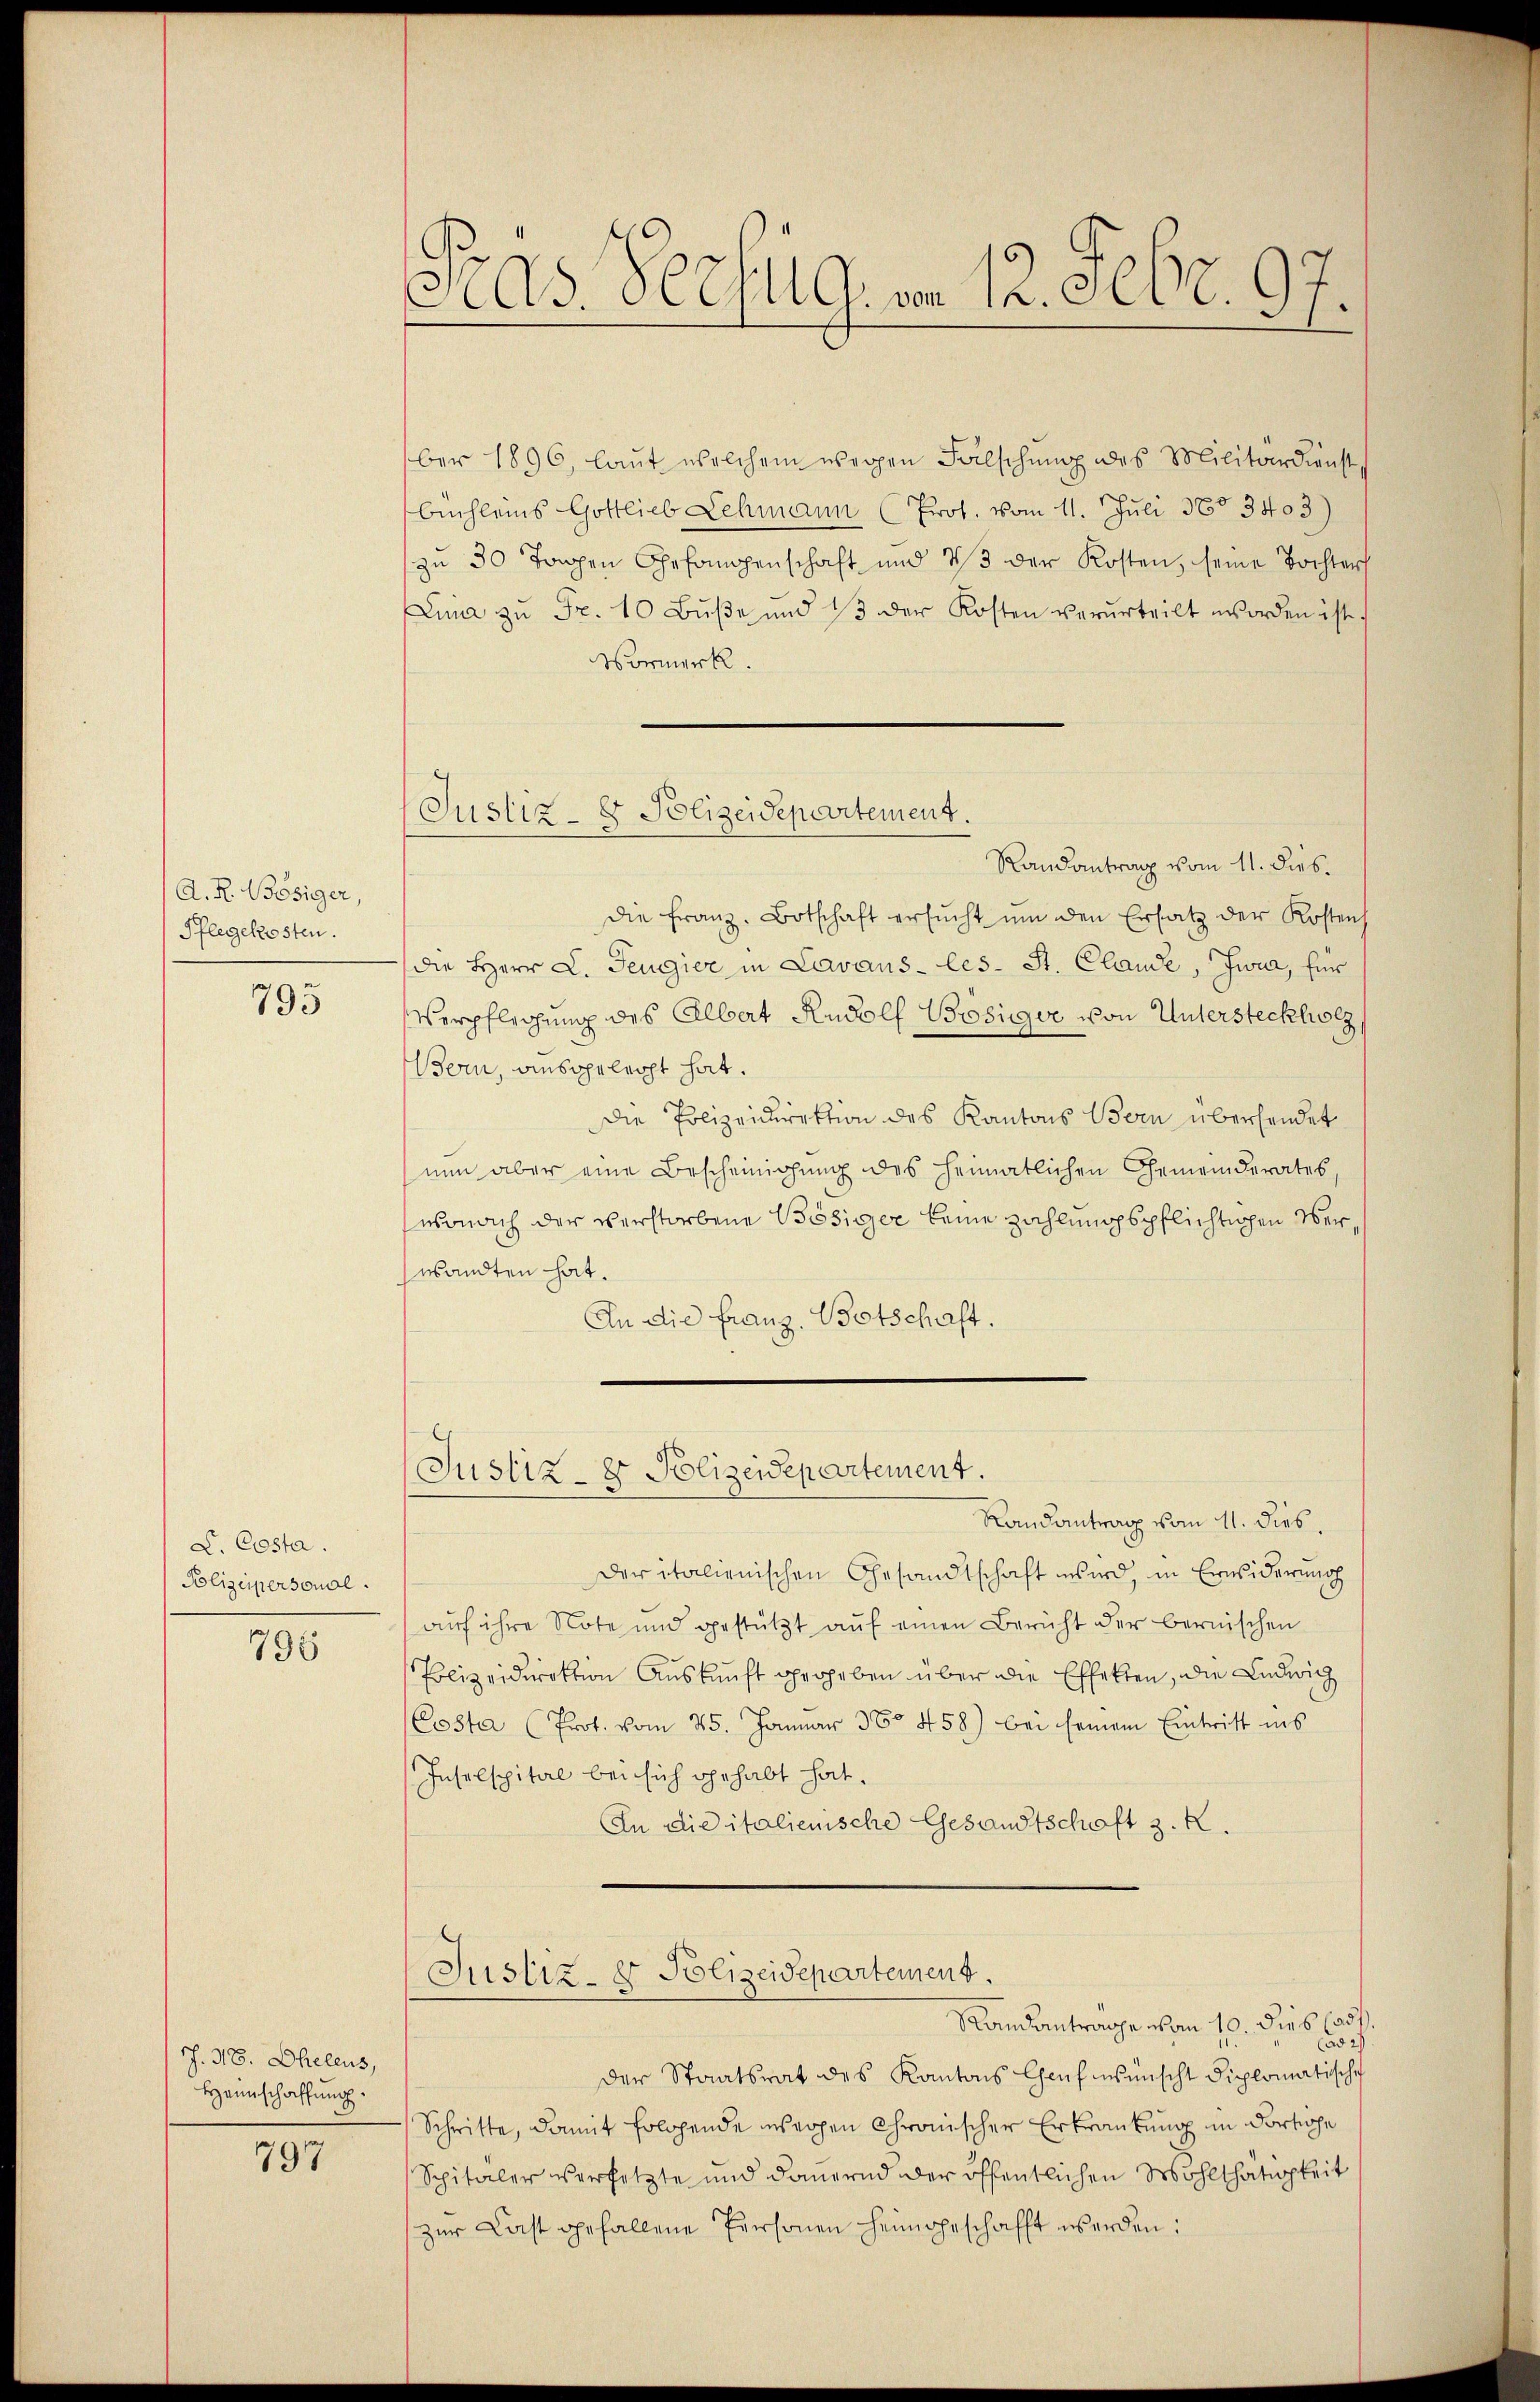
A. R. Bösiger,
Pflegekosten.

795

S. Costa.
Polizeipersonal.

796

h. N. Oheleus,
Heimschaffung.

797

Pras Verfüg, am 12. Febr. 97.

Justiz- & Polizeidepartement.

ber 1896, laut welchem wegen Fälschung des Militärdienst
büchleins Gottlieb Lehmann (Prot. vom 11. Juli 38. 3403)
zu 30 Tagen Gefangenschaft und 2/3 der Kosten, seine Tochters
Lina zŭ Fr. 10 Bŭβe und 13 der Kosten verurteilt worden ist.
Vormerk.
Randantrag vom 11. dies.
Die Franz. Botschaft ersŭcht ŭm den Ersatz der Kostens
die Herr L. Teugier in Lavans-les- St. Claude, Zwia, für
Verpflegung des Albert Rudolf Brosiger von Untersteckholz
Bern, ausgeleicht hat.
Die Polizeidirektion des Kantons Bern überhandet
nun aber eine Bescheinigung des heimatlichen Gemeinderates,
wonach der verstorbene Bösiger keine zahlungspflichtigen Verwandten hat.
An die Franz. Botschaft.

Justiz- & Polizeidepartement.

Randantrag vom 11. dies.
der italienischen Gesandtschaft wird, in Erwiderung
auf ihre Note und gestützt auf einen Bericht der bernischen
Polizeidirektion Auskunft gegeben über die Effekten, die Ludwig
Costa (Prot. vom 25. Januar 380. 458) bei seinem Eintritt ins
Inselspital bei sich gehabt hat.
An die italienische Gesandtschaft z. R.
Justiz- & Polizeidepartement.
Randantrage von 10. dies 1854.
ad 27
der Staatsrat des Kantons Chef wünscht diplomatische
Schritte, damit folgende weigen Chronischer Erkrankung in dortige
Spitaler versetzte und dauernd der öffentlichen Wohlthätigkeit
zŭr Last gefallene Personen heimgeschafft werden: